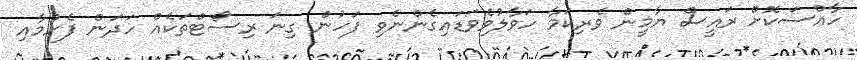
ހާއްސަކޮށް ރައީސް ޔާމީން ވެރިކަމާ ހަވާލުވެވަޑައިގެންނެވި ފަހުން ގިނަ ރިސޯޓްތަކެއް ހަދަން ފެށުމާއި